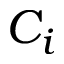
C _ { i }